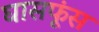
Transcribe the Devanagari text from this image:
घासफूंस